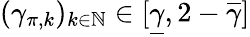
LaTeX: (\gamma_{\pi,k})_{k\in\mathbb{N}}\in[\underline{{\gamma}},2-\overline{{\gamma}}]